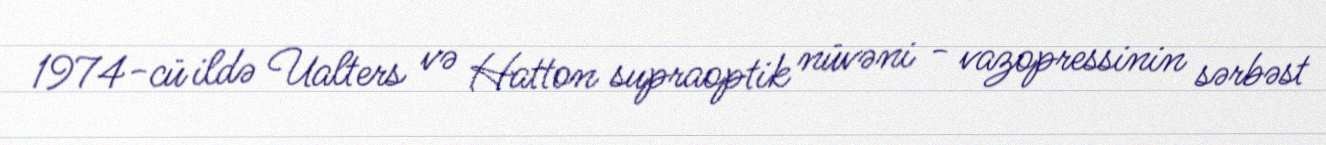
1974-cü ildə Ualters və Hatton supraoptik nüvəni - vazopressinin sərbəst